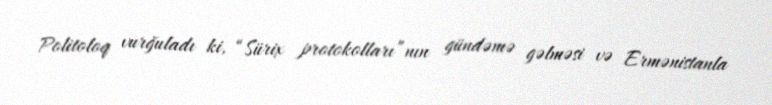
Politoloq vurğuladı ki, “Sürix protokolları”nın gündəmə gəlməsi və Ermənistanla